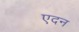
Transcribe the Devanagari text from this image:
एदन